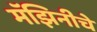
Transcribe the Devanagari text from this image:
मॅझिनीचे